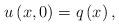
LaTeX: \begin{align*}u\left( x,0\right) =q\left( x\right) , \end{align*}